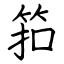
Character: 筘